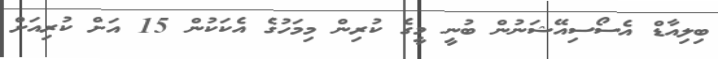
ބިލިއާޑް އެސޯސިއޭޝަނުން ބުނީ މީގެ ކުރިން މިމަހުގެ އެކަކުން 15 އަށް ކުރިއަށް